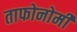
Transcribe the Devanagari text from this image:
ताफोनोमी